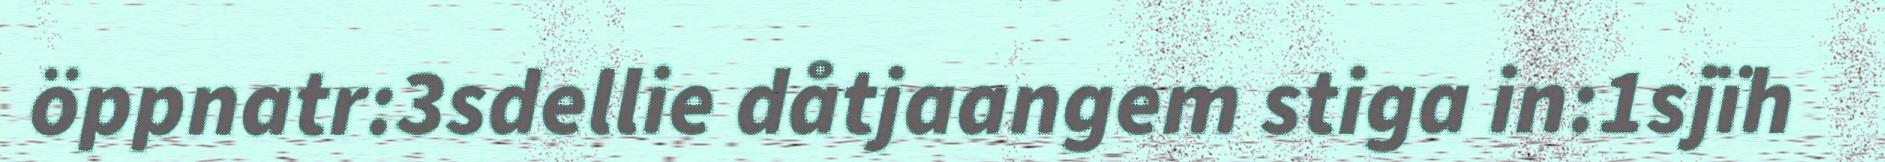
öppnatr:3sdellie dåtjaangem stiga in:1sjïh